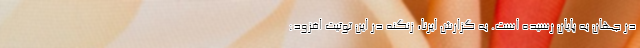
در جهان به پایان رسیده است. به گزارش ایرنا، زنگنه در این توئیت افزود: